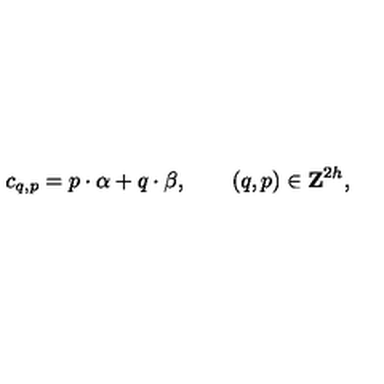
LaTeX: c _ { q , p } = { p } \cdot { \alpha } + { q } \cdot { \beta } , \qquad ( q , p ) \in { \bf Z } ^ { 2 h } ,